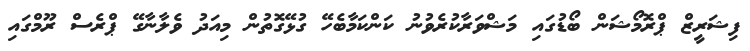
ފިޝަރީޒް ޕްރޮމޯޝަން ބޯޑުގައި މަޝްވަރާކުރެވުނު ކަންކަމާބެހޭ ގުޅޭގޮތުން މިއަދު ވެލާނާގޭ ޕްރެސް ރޫމްގައި